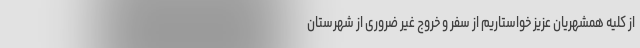
از کلیه همشهریان عزیز خواستاریم از سفر و خروج غیر ضروری از شهرستان